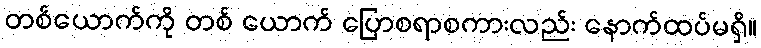
တစ်ယောက်ကို တစ် ယောက် ပြောစရာစကားလည်း နောက်ထပ်မရှိ။